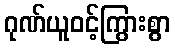
ဂုဏ်ယူဝင့်ကြွားစွာ